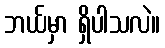
ဘယ်မှာ ရှိပါသလဲ။